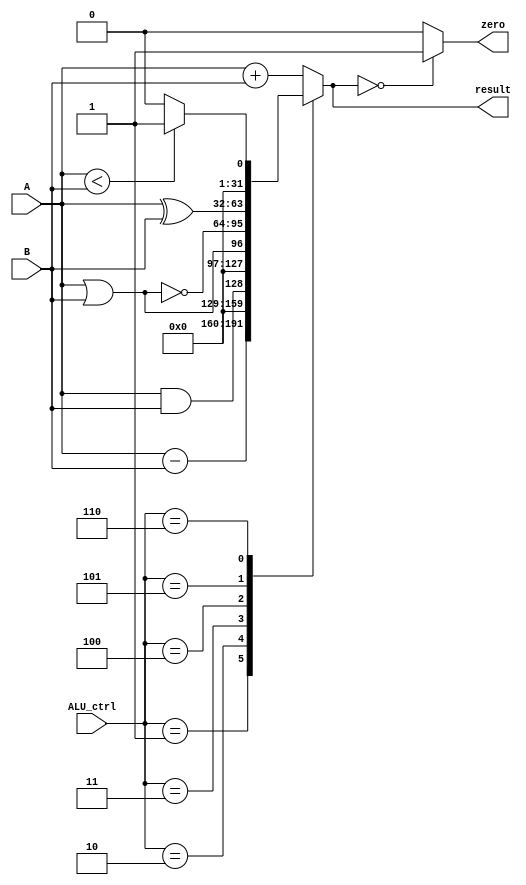
module alu (
  input [31:0] A,
  input [31:0] B,
  input [2:0] ALU_ctrl,
  output reg [31:0] result,
  output zero
);

always @(*) begin
  case(ALU_ctrl)
    3'b000: result = A + B;
    3'b001: result = A - B;
    3'b010: result = A && B;
    3'b011: result = A || B;
    3'b100: result = ~(A || B);
    3'b101: result = (A ^ B);
    3'b110: result = (A < B) ? 32'd1 : 32'd0;
    default:result = A + B;
    endcase
  end

assign zero = (result == 32'd0) ? 1'b1 : 1'b0;

endmodule